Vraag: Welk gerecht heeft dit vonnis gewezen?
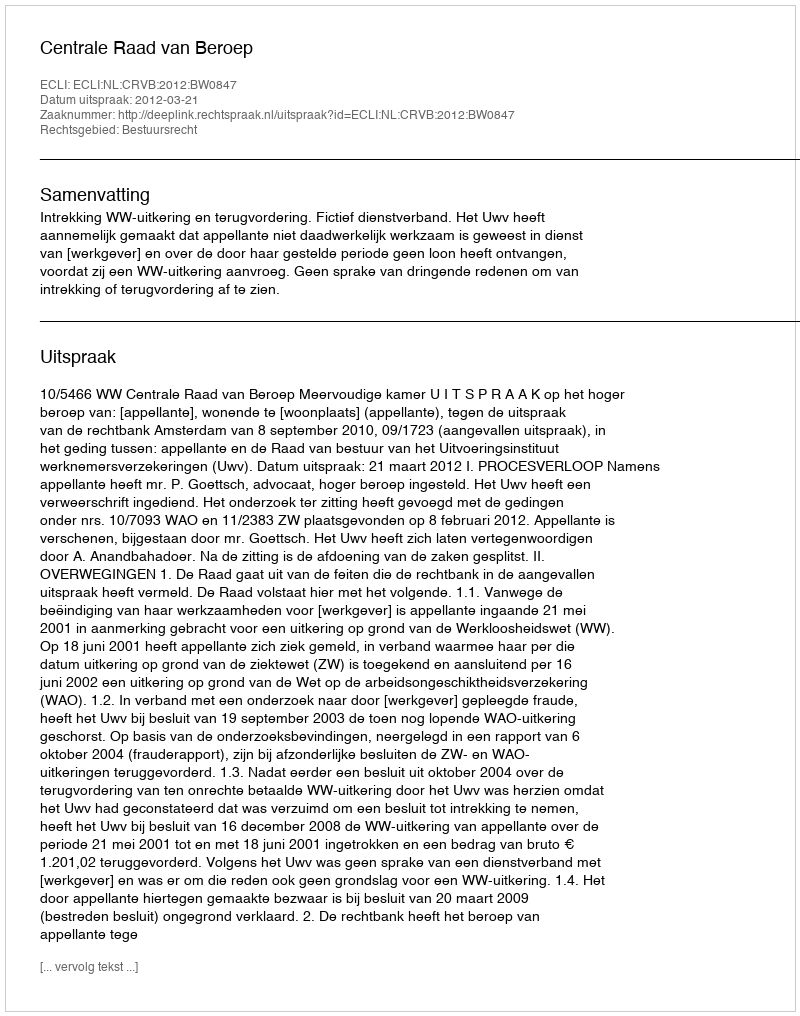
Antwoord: Centrale Raad van Beroep